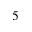
5